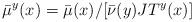
LaTeX: \begin{align*}\bar \mu^y(x) = \bar \mu(x)/[\bar \nu(y)JT^y(x)]\end{align*}